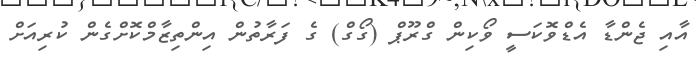
އާއި ޖެންޑާ އެޑްވޮކަސީ ވޯކިން ގްރޫޕް (ގޯގް) ގެ ފަރާތުން އިންތިޒާމްކޮށްގެން ކުރިއަށް